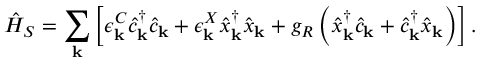
\hat { H } _ { S } = \sum _ { \bf k } \left[ \epsilon _ { { \bf k } } ^ { C } \hat { c } _ { { \bf k } } ^ { \dagger } \hat { c } _ { { \bf k } } + \epsilon _ { { \bf k } } ^ { X } \hat { x } _ { { \bf k } } ^ { \dagger } \hat { x } _ { { \bf k } } + g _ { R } \left( \hat { x } _ { { \bf k } } ^ { \dagger } \hat { c } _ { { \bf k } } + \hat { c } _ { { \bf k } } ^ { \dagger } \hat { x } _ { { \bf k } } \right) \right] .